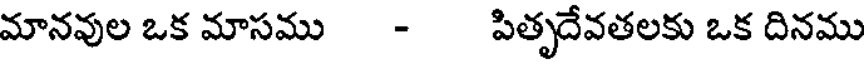
మానవుల ఒక మాసము - పితృదేవతలకు ఒక దినము